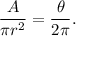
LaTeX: { \frac { A } { \pi r ^ { 2 } } } = { \frac { \theta } { 2 \pi } } .